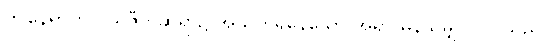
ဤနေရာတွင် သဇီဝ ဆိုရာ၌ အသက်ရှိနေသော အရာ မှန်သမျှ ပါဝင်သည်။